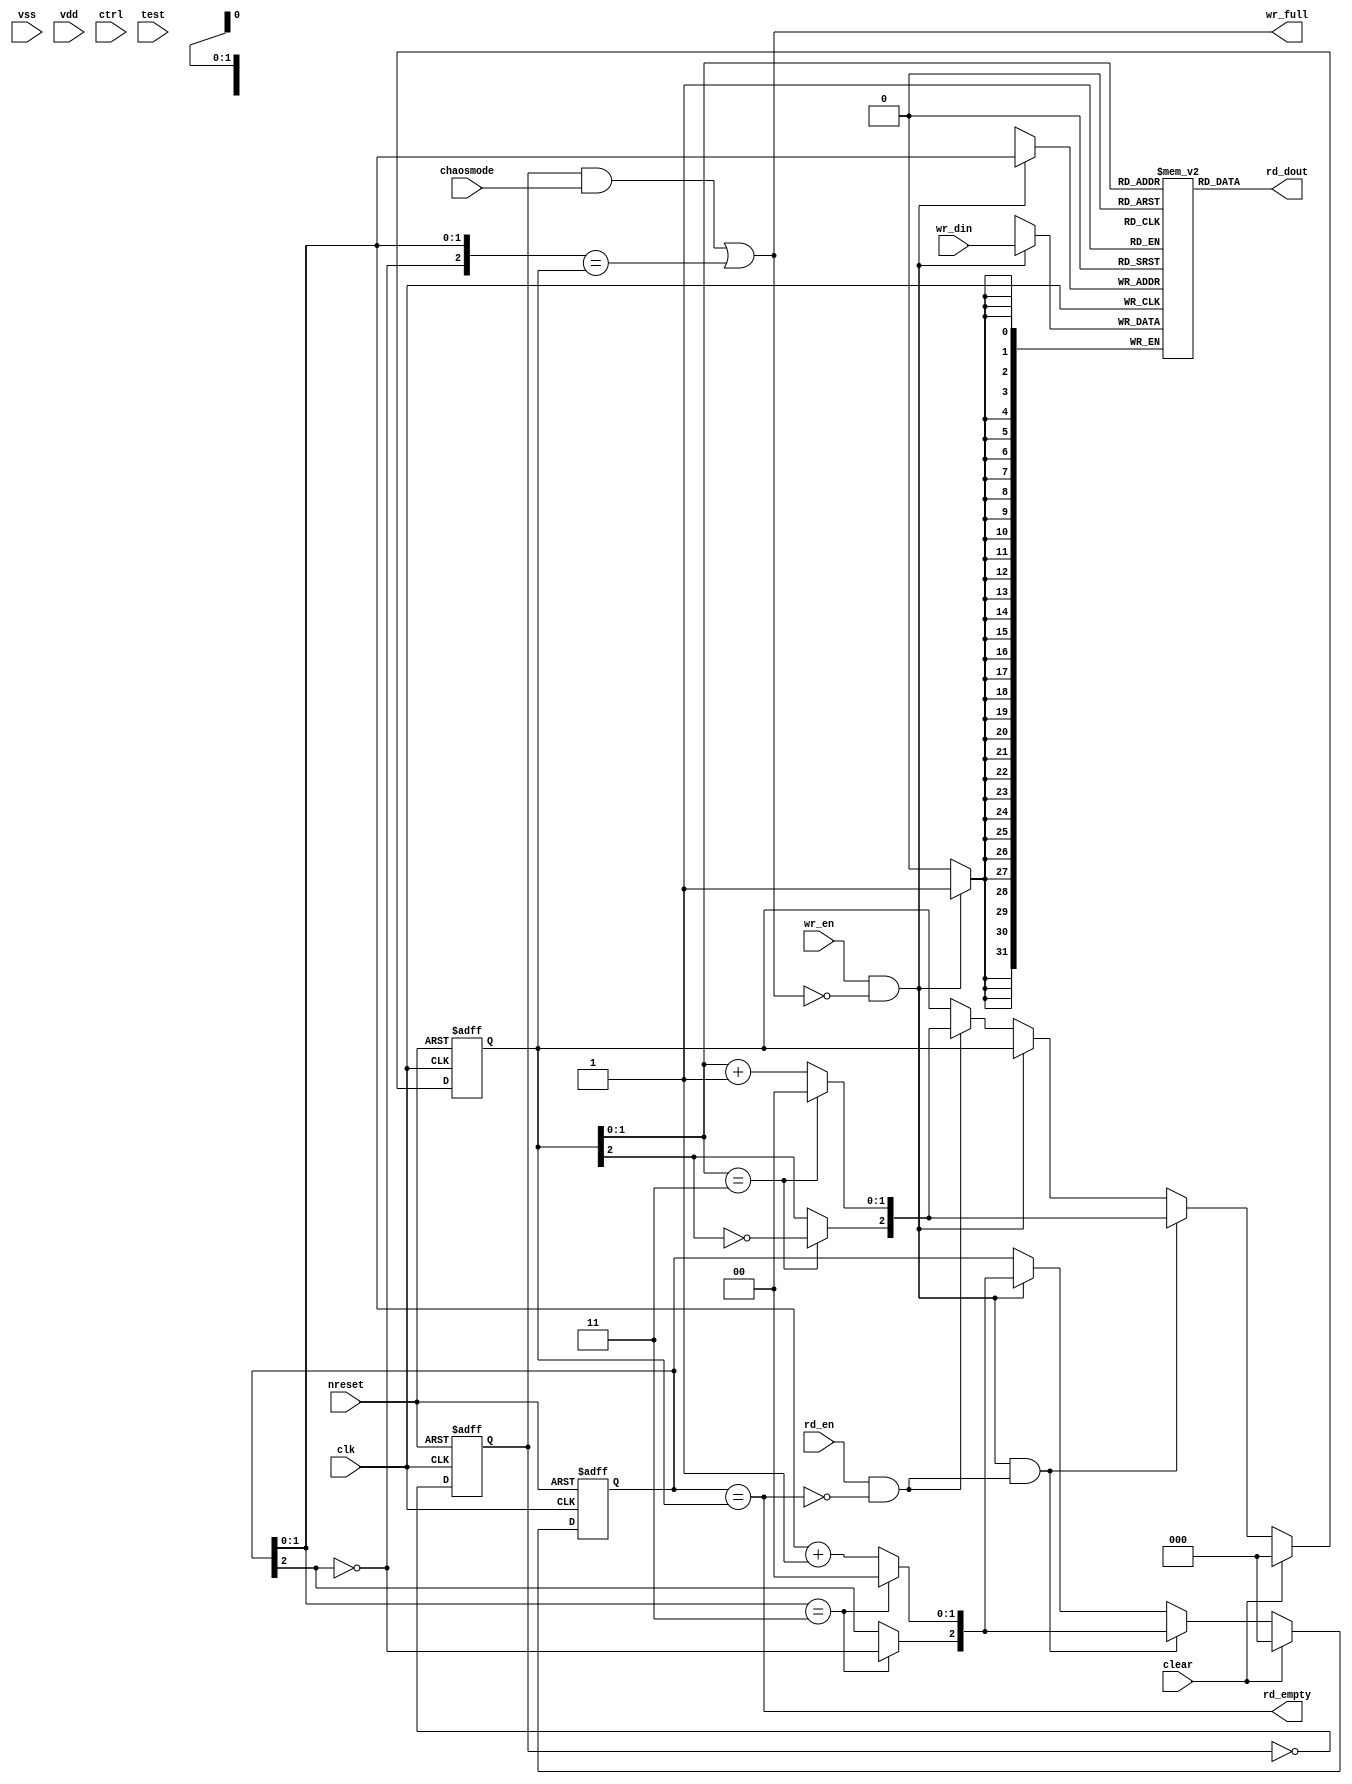
// This program was cloned from: https://github.com/siliconcompiler/lambdalib
// License: MIT License

/*****************************************************************************
 * Function: Synchronous FIFO
 * Copyright: Lambda Project Authors. All rights Reserved.
 * License:  MIT (see LICENSE file in Lambda repository)
 *
 * Docs:
 *
 * This is a wrapper for selecting from a set of hardened memory macros.
 *
 ****************************************************************************/

module la_syncfifo
  #(
    parameter DW    = 32,        // Memory width
    parameter DEPTH = 4,         // FIFO depth
    parameter NS    = 1,         // Number of power supplies
    parameter CHAOS = 1,         // generates random full logic when set
    parameter CTRLW = 1,         // width of asic ctrl interface
    parameter TESTW = 1,         // width of asic test interface
    parameter TYPE  = "DEFAULT"  // Pass through variable for hard macro
    )
   (// basic interface
    input             clk,
    input             nreset,//async reset
    input             clear, //clear fifo statemachine (sync)
    input             vss, // ground signal
    input [NS-1:0]    vdd, // supplies
    input             chaosmode, // randomly assert fifo full when set
    input [CTRLW-1:0] ctrl, // pass through ASIC control interface
    input [TESTW-1:0] test, // pass through ASIC test interface
    // write port
    input             wr_en, // write fifo
    input [DW-1:0]    wr_din, // data to write
    output            wr_full, // fifo full
    // read port
    input             rd_en, // read fifo
    output [DW-1:0]   rd_dout, // output data
    output            rd_empty    // fifo is empty
);

    // local params
    parameter AW = $clog2(DEPTH);

    // local wires
    reg  [AW:0] wr_addr;
    wire [AW:0] wr_addr_nxt;
    reg  [AW:0] rd_addr;
    wire [AW:0] rd_addr_nxt;
    wire        fifo_read;
    wire        fifo_write;
    wire        chaosfull;
    wire        rd_wrap_around;
    wire        wr_wrap_around;

    //############################
    // FIFO Empty/Full
    //############################

    // support any fifo depth
    assign wr_full = (chaosfull & chaosmode) |
                     {~wr_addr[AW], wr_addr[AW-1:0]} == rd_addr[AW:0];



    assign rd_empty = wr_addr[AW:0] == rd_addr[AW:0];

    assign fifo_read = rd_en & ~rd_empty;

    assign fifo_write = wr_en & ~wr_full;

    //############################
    // FIFO Pointers - wrap around DEPTH-1
    //############################
    assign rd_wrap_around = rd_addr[AW-1:0] == (DEPTH[AW-1:0] - 1'b1);
    assign wr_wrap_around = wr_addr[AW-1:0] == (DEPTH[AW-1:0] - 1'b1);

    assign rd_addr_nxt[AW] = rd_wrap_around ? ~rd_addr[AW] : rd_addr[AW];
    assign rd_addr_nxt[AW-1:0] = rd_wrap_around ? 'b0 : (rd_addr[AW-1:0] + 1);

    assign wr_addr_nxt[AW]     = (wr_addr[AW-1:0] == (DEPTH[AW-1:0]-1'b1)) ? ~wr_addr[AW] : wr_addr[AW];
    assign wr_addr_nxt[AW-1:0] = (wr_addr[AW-1:0] == (DEPTH[AW-1:0]-1'b1)) ? 'b0 : (wr_addr[AW-1:0] + 1);

    always @(posedge clk or negedge nreset)
        if (~nreset) begin
            wr_addr[AW:0] <= 'd0;
            rd_addr[AW:0] <= 'b0;
        end
        else if(clear) begin
           wr_addr[AW:0]    <= 'd0;
           rd_addr[AW:0]    <= 'b0;
        end
        else if (fifo_write & fifo_read) begin
            wr_addr[AW:0] <= wr_addr_nxt[AW:0];
            rd_addr[AW:0] <= rd_addr_nxt[AW:0];
        end else if (fifo_write) begin
            wr_addr[AW:0] <= wr_addr_nxt[AW:0];
        end else if (fifo_read) begin
            rd_addr[AW:0] <= rd_addr_nxt[AW:0];
        end

    //###########################
    //# Dual Port Memory
    //###########################

    reg [DW-1:0] ram[DEPTH-1:0];

    // Write port (FIFO input)
    always @(posedge clk) if (wr_en & ~wr_full) ram[wr_addr[AW-1:0]] <= wr_din[DW-1:0];

    // Read port (FIFO output)
    assign rd_dout[DW-1:0] = ram[rd_addr[AW-1:0]];


    //############################
    // Randomly Asserts FIFO full
    //############################

    generate
        if (CHAOS) begin
            // TODO: implement LFSR
            reg chaosreg;
            always @(posedge clk or negedge nreset)
                if (~nreset) chaosreg <= 1'b0;
                else chaosreg <= ~chaosreg;
            assign chaosfull = chaosreg;
        end else begin
            assign chaosfull = 1'b0;
        end
    endgenerate

endmodule